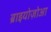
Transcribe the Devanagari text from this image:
ब्राइयोज़ोआ